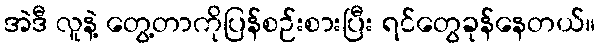
အဲဒီ လူနဲ့ တွေ့တာကိုပြန်စဉ်းစားပြီး ရင်တွေခုန်နေတယ်။